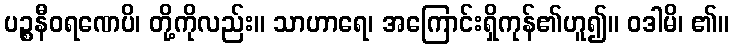
ပဉ္စနီဝရဏေပိ၊ တို့ကိုလည်း။ သာဟာရေ၊ အကြောင်းရှိကုန်၏ဟူ၍။ ဝဒါမိ၊ ၏။